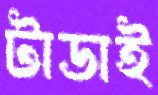
টাডাই